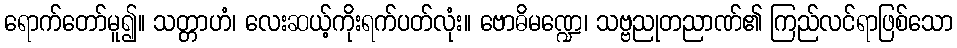
ရောက်တော်မူ၍။ သတ္တာဟံ၊ လေးဆယ့်ကိုးရက်ပတ်လုံး။ ဗောဓိမဏ္ဍေ၊ သဗ္ဗညုတညာဏ်၏ ကြည်လင်ရာဖြစ်သော